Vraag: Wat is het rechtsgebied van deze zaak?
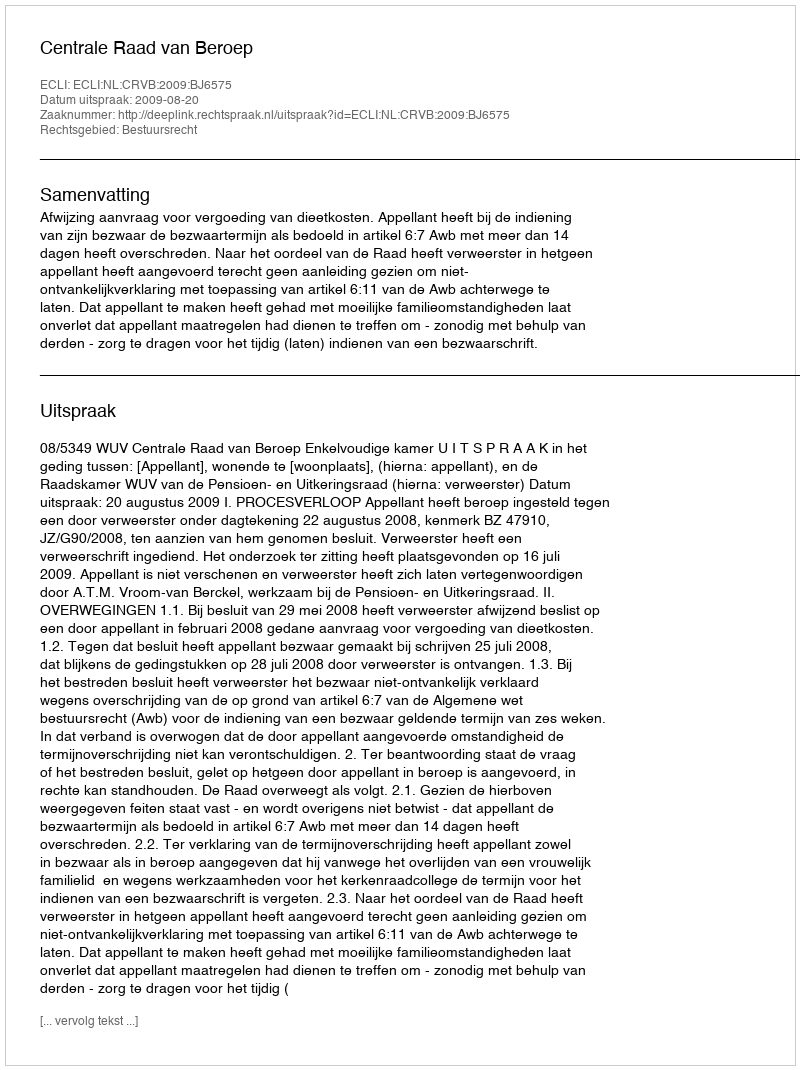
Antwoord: Bestuursrecht